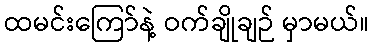
ထမင်းကြော်နဲ့ ဝက်ချိုချဉ် မှာမယ်။